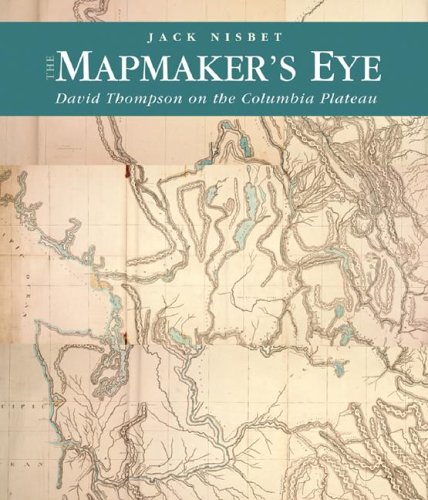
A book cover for The Mapmaker's Eye: David Thompson on the Columbia Plateau; Jack Nisbet; Biographies & Memoirs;